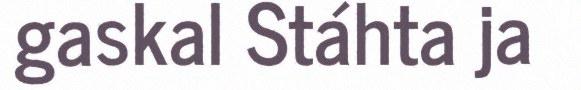
gaskal Stáhta ja